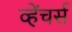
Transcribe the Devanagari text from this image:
व्हेंचर्स